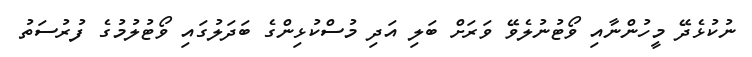
ނުކުޅެދޭ މީހުންނާއި ވޯޓުނުލެވޭ ވަރަށް ބަލި އަދި މުސްކުޅިންގެ ބަދަލުގައި ވޯޓުލުމުގެ ފުރުސަތު